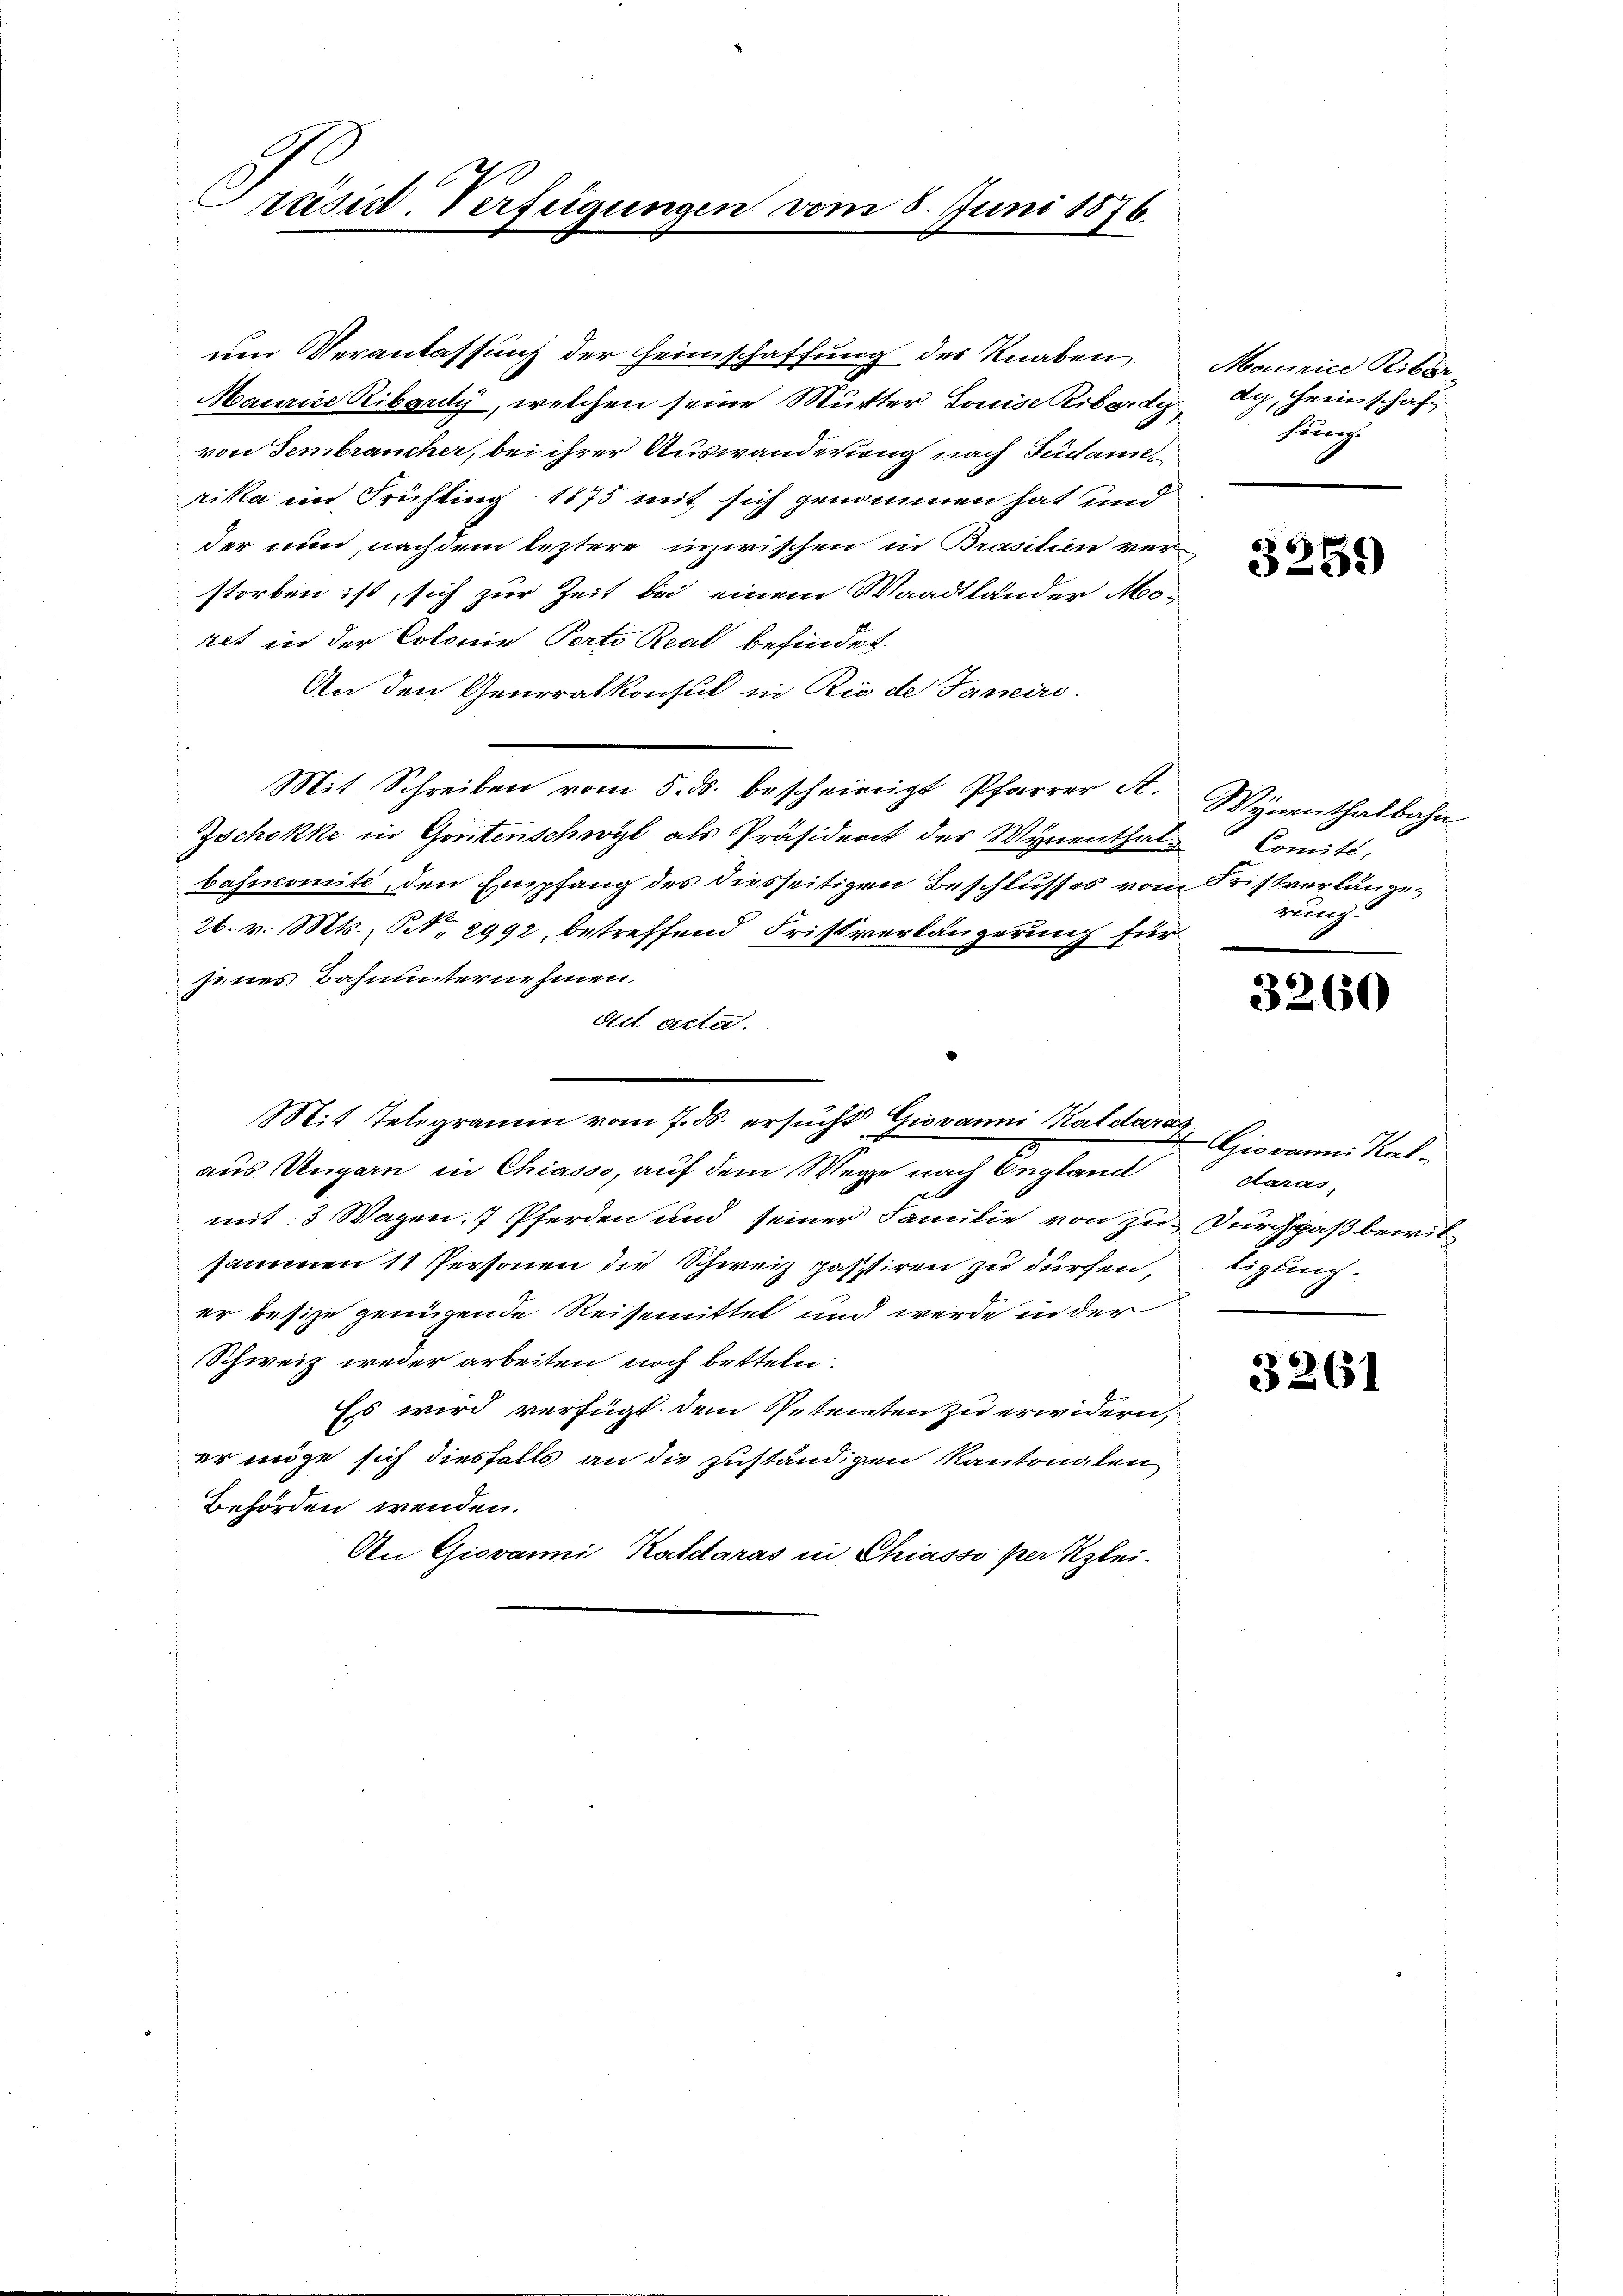
Präsid. Verfügungen vom 8. Juni 1876.

um Veranlassung der Heimschaffung des Knaben
Maurins Ribardy, welchen seine Mutter Louise Ribordi
von Fembraucher, bei ihrer Auswanderung nach Südamer
rika ein Frühling 1875 mit sich genommen hat und
der nun, nachdem leztere inzwischen in Brasilien ver-
storben ist, sich zur Zeit bei einem Waadtländer Moret in der Colonie Porto Real befindet.
An den Generalkonsul in Rio de Janeiro-
Mit Schreiben vom 5. ds. bescheinigt Pfarrer A. Wynenthalbahn
Zschokke in Gontenschwyl als Präsident des Wynenthal Comité,
bahncomité, den Empfang des diesseitigen Beschlusses vom Fristverlange¬
26. v. Mts., N. 2992, betreffend Fristverlängerung für
jenes Bahnunternehmen.
ad acta.
c
Mit Telegramm vom 7. ds. ersucht Giovanni Rat daran,
aus Ungarn in Chiasso, auf dem Wege nach England
mit 3 Wagen, 7 Pferden und seiner Familie von zu. Durchpaß bewilsammen 11 Personen die Schweiz passtiren zu dürfen,
er besize genügende Reisemittel und werde in der
Schweiz weder arbeiten noch betteln.
Es wird verfügt dem Petenten zu erwidern,
er möge sich diesfalls an die zuständigen Kantonalen
Behörden wenden.
An Giovanni, Kaldaras in Chiasso per Klei-

Monnice Biberdy, Heimschaft
hung

5.
5259)

rung.

6)
360

Giovanni Kal-
karas,
tigung.

3261